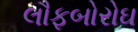
લૌફબોરોઘ